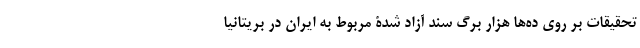
تحقیقات بر روی ده‌ها هزار برگ سند آزاد شدۀ مربوط به ایران در بریتانیا